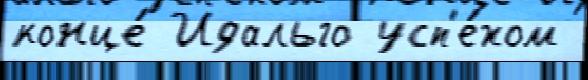
конце́ Идальго усп'е́хом